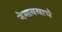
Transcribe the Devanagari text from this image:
नेमावयाचे